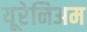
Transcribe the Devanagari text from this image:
यूरेनिअम